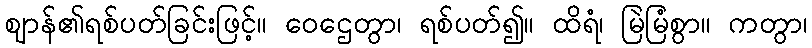
ဈာန်၏ရစ်ပတ်ခြင်းဖြင့်။ ဝေဌေတွာ၊ ရစ်ပတ်၍။ ထိရံ၊ မြဲမြံစွာ။ ကတွာ၊